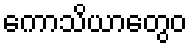
ကောသိယာတွေဝ